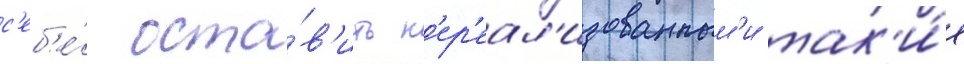
с'еб'е́ оста́в'ить н'ер'еал'изованным'и так'и́е